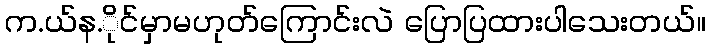
က.ယ်န.ိုင်မှာမဟုတ်ကြောင်းလဲ ပြောပြထားပါသေးတယ်။